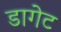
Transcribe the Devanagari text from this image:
डागेट